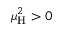
\mu _ { \mathrm { H } } ^ { 2 } > 0